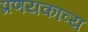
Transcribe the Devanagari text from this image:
प्रणयकाव्य